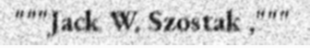
"""Jack W. Szostak ,"""